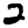
Digit: 2